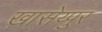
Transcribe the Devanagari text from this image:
खासेय्पुर